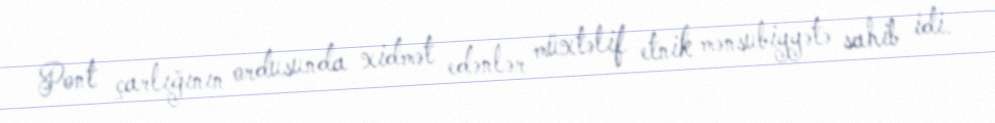
Pont çarlığının ordusunda xidmət edənlər müxtəlif etnik mənsubiyyətə sahib idi.